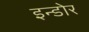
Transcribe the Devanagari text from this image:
इन्‍डोर